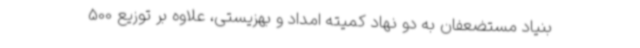
بنیاد مستضعفان به دو نهاد کمیته امداد و بهزیستی، علاوه بر توزیع 500